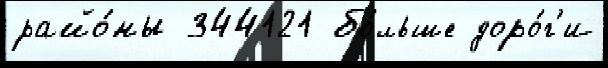
райо́ны 344121 бо́льше доро́г'и